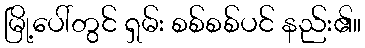
မြို့ပေါ်တွင် ရှမ်း စစ်စစ်ပင် နည်း၏။